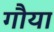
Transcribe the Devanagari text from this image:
गौया